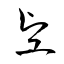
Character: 堅